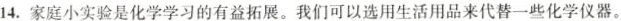
14.家庭小实验是化学学习的有益拓展。我们可以选用生活用品来代替一些化学仪器。